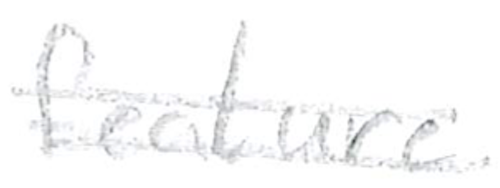
Text: feature
Cross-out: mix
Writing tool: pencil